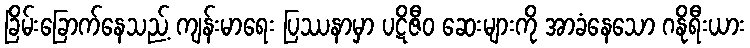
ခြိမ်းခြောက်နေသည့် ကျန်းမာရေး ပြဿနာမှာ ပဋိဇီဝ ဆေးများကို အာခံနေသော ဂနိုရီးယား